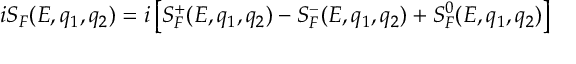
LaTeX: i S _ { F } ( E , q _ { 1 } , q _ { 2 } ) = i \left[ S _ { F } ^ { + } ( E , q _ { 1 } , q _ { 2 } ) - S _ { F } ^ { - } ( E , q _ { 1 } , q _ { 2 } ) + S _ { F } ^ { 0 } ( E , q _ { 1 } , q _ { 2 } ) \right]